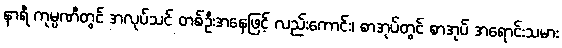
နာရီ ကုမ္ပဏီတွင် အလုပ်သင် တစ်ဦးအနေဖြင့် လည်းကောင်း၊ စာအုပ်တွင် စာအုပ် အရောင်းသမား